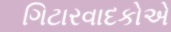
ગિટારવાદકોએ